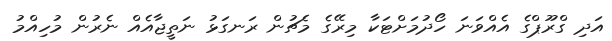
އަދި ގްރޫޕްގެ އެއްވަނަ ހޯދުމަށްޓަކާ މިރޭގެ މެޗުން ރަނގަޅު ނަތީޖާއެއް ނެރުން މުހިއްމު